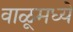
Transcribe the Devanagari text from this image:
वाळूमध्ये